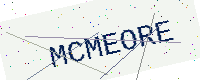
Text: MCMEORE